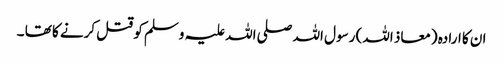
ان کا ارادہ (معاذ اللہ) رسول اللہ صلی اللہ علیہ وسلم کو قتل کرنے کا تھا ۔